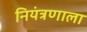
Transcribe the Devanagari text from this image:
नियंत्रणाला